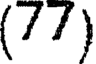
(77)